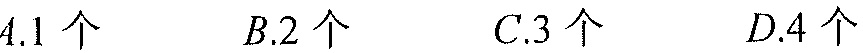
$A.1\ 个\quad B.2\ 个\quad C.3\ 个\quad D.4\ 个$